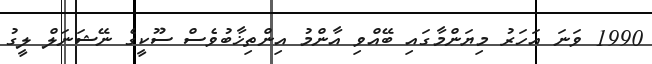
1990 ވަނަ އަހަރު މިޔަންމާގައި ބޭއްވި އާންމު އިންތިޚާބުވެސް ސޫކީގެ ނޭޝަނަލް ލީގު